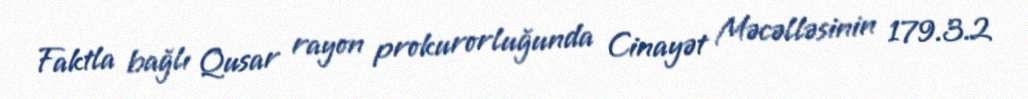
Faktla bağlı Qusar rayon prokurorluğunda Cinayət Məcəlləsinin 179.3.2